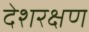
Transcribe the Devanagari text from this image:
देशरक्षण